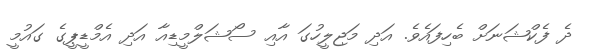
ދެ ފެކްޝަނަށް ބެހިފައެވެ. އަދި މަޖިލީހުގަ އާއި ސޯޝަލްމީޑިއާ އަދި އެމްޑީޕީގެ ގައުމީ